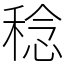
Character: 稔